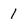
Character: 1